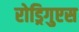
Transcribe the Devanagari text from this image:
रोड्रिगुएस